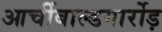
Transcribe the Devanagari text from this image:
आर्चीबाल्डगार्रोड़